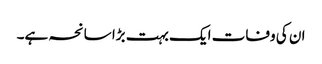
ان کی وفات ایک بہت بڑا سانحہ ہے۔